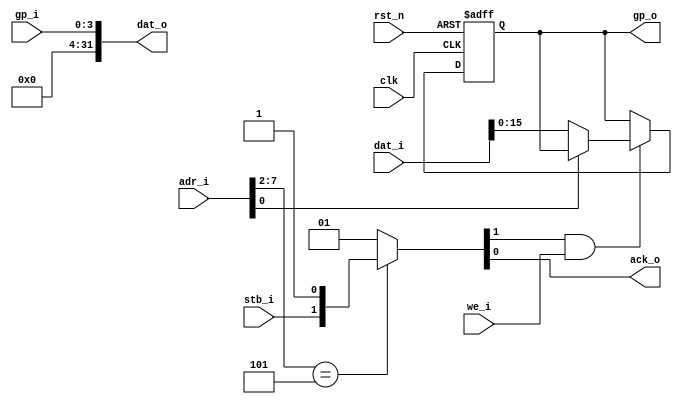
// Peripherals for a Wishbone Bus              12/15/2020 BNE
// License: This code is a gift to mankind and is dedicated to peace on Earth.

// This subsystem encapsulates the application's peripherals.
// It connects to a Wishbone Bus controller such as an MCU or testbench.
// Peripherals are put here to facilitate testing without an MCU.

`default_nettype none
module demo_io
#(
  parameter WIDTH = 32,                 // Wishbone bus size
  parameter GPO_BITS = 16,              // bits of general purpose output
  parameter GPI_BITS = 4                // bits of general purpose input
)(
  input wire                clk,
  input wire                rst_n,
// Wishbone Bob
  input wire  [14:0]        adr_i,      // address
  output reg  [WIDTH-1:0]   dat_o,      // data out
  input wire  [WIDTH-1:0]   dat_i,      // data in
  input wire                we_i,       // 1 = write, 0 = read
  input wire                stb_i,      // strobe
  output reg                ack_o,      // acknowledge
// GPIO
  output reg [GPO_BITS-1:0] gp_o,
  input wire [GPI_BITS-1:0] gp_i
);

// Route stb_i and ack_o to the individual peripherals.

  reg [3:0] wbstb;
  always @*
    casez (adr_i[7:2])
    6'b000101: {wbstb, ack_o} <= {3'b000, stb_i, 1'b1};
    default:   {wbstb, ack_o} <= {4'b0000, 1'b1};
    endcase

  always @*
    casez (adr_i[7:0])
    default:   dat_o <= gp_i;
    endcase

// A simple peripheral for GPIO

  always @(posedge clk, negedge rst_n) begin
    if (!rst_n) begin
      gp_o <= 0;
    end else begin
      if (wbstb[0] & we_i) begin
        if (adr_i[0] == 0)
          gp_o <= dat_i[GPO_BITS-1:0];  // GP out
      end
    end
  end

endmodule
`default_nettype wire